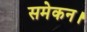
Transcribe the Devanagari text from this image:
समेकन।